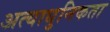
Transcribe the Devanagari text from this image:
अत्याधुनिकता